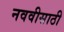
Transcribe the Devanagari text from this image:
नववीसाठी